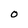
Character: O